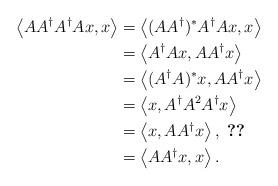
LaTeX: \begin{align*} \left<AA^\dag A^\dag Ax,x\right>&=\left<(AA^\dag)^*A^\dag Ax,x\right>\\ &=\left<A^\dag Ax, AA^\dag x\right>\\ &=\left<(A^\dag A)^*x, AA^\dag x\right>\\ &= \left<x, A^\dag A^2A^\dag x\right>\\ &= \left<x, AA^\dag x\right>, \ \ref{hypo-first-char}\\ &= \left<AA^\dag x, x\right>. \end{align*}